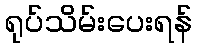
ရုပ်သိမ်းပေးရန်